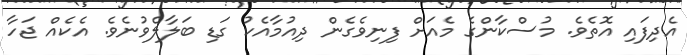
އެދިފައި އޮތެވެ. މުސްކާންގެ މެއަށް ފިނިވެގެން ދިއުމާއެކު ގަޑި ބަލާލެވުނެވެ. އެކެއް ޖަހާ